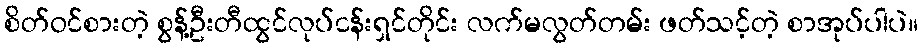
စိတ်ဝင်စားတဲ့ စွန့်ဦးတီထွင်လုပ်ငန်းရှင်တိုင်း လက်မလွတ်တမ်း ဖတ်သင့်တဲ့ စာအုပ်ပါပဲ။